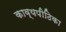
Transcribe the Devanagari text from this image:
काव्यपीठिका